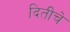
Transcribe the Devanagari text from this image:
दितीचे